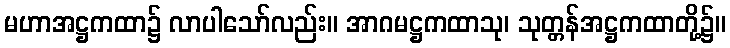
မဟာအဋ္ဌကထာ၌ လာပါသော်လည်း။ အာဂမဋ္ဌကထာသု၊ သုတ္တန်အဋ္ဌကထာတို့၌။